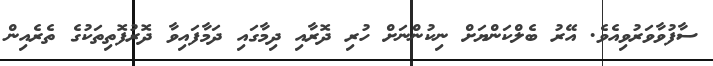
ސާފުވާވަރުވިއެވެ. އޭރު ބެލްކަންޔަށް ނިކުންނަށް ހުރި ދޮރާއި ދިމާގައި ދަމާފައިވާ ދޮރުފޮތިތަކުގެ ތެރެއިން